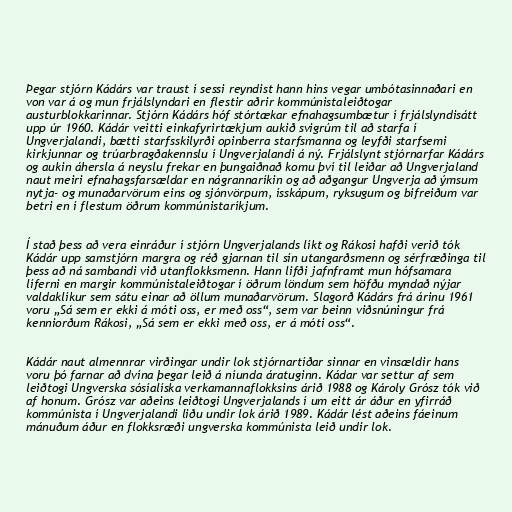
Þegar stjórn Kádárs var traust í sessi reyndist hann hins vegar umbótasinnaðari en
von var á og mun frjálslyndari en flestir aðrir kommúnistaleiðtogar
austurblokkarinnar. Stjórn Kádárs hóf stórtækar efnahagsumbætur í frjálslyndisátt
upp úr 1960. Kádár veitti einkafyrirtækjum aukið svigrúm til að starfa í
Ungverjalandi, bætti starfsskilyrði opinberra starfsmanna og leyfði starfsemi
kirkjunnar og trúarbragðakennslu í Ungverjalandi á ný. Frjálslynt stjórnarfar Kádárs
og aukin áhersla á neyslu frekar en þungaiðnað komu því til leiðar að Ungverjaland
naut meiri efnahagsfarsældar en nágrannaríkin og að aðgangur Ungverja að ýmsum
nytja- og munaðarvörum eins og sjónvörpum, ísskápum, ryksugum og bifreiðum var
betri en í flestum öðrum kommúnistaríkjum.

Í stað þess að vera einráður í stjórn Ungverjalands líkt og Rákosi hafði verið tók
Kádár upp samstjórn margra og réð gjarnan til sín utangarðsmenn og sérfræðinga til
þess að ná sambandi við utanflokksmenn. Hann lifði jafnframt mun hófsamara
líferni en margir kommúnistaleiðtogar í öðrum löndum sem höfðu myndað nýjar
valdaklíkur sem sátu einar að öllum munaðarvörum. Slagorð Kádárs frá árinu 1961
voru „Sá sem er ekki á móti oss, er með oss“, sem var beinn viðsnúningur frá
kenniorðum Rákosi, „Sá sem er ekki með oss, er á móti oss“.

Kádár naut almennrar virðingar undir lok stjórnartíðar sinnar en vinsældir hans
voru þó farnar að dvína þegar leið á níunda áratuginn. Kádar var settur af sem
leiðtogi Ungverska sósíalíska verkamannaflokksins árið 1988 og Károly Grósz tók við
af honum. Grósz var aðeins leiðtogi Ungverjalands í um eitt ár áður en yfirráð
kommúnista í Ungverjalandi liðu undir lok árið 1989. Kádár lést aðeins fáeinum
mánuðum áður en flokksræði ungverska kommúnista leið undir lok.